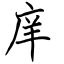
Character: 庠